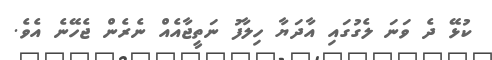
ކުޅޭ ދެ ވަނަ ލެގުގައި އާދަޔާ ހިލާފު ނަތީޖާއެއް ނެރެން ޖެހޭނެ އެވެ.